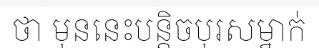
ថា មុននេះបន្តិចបុរសម្នាក់